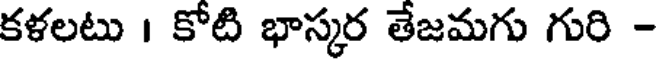
కళలటు । కోటి భాస్కర తేజమగు గురి -